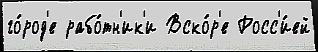
го́род'е рабо́тн'ик'и Вско́р'е Росс'и́ей